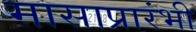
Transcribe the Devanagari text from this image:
मासाप्रारंभी